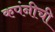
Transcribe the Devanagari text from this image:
कपंनीची